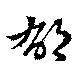
郁